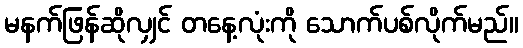
မနက်ဖြန်ဆိုလျှင် တနေ့လုံးကို သောက်ပစ်လိုက်မည်။